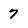
Character: 7